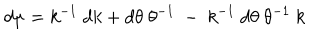
d \mu = k ^ { - 1 } ~ d k + d \theta ~ \theta ^ { - 1 } ~ - ~ k ^ { - 1 } ~ d \theta ~ \theta ^ { - 1 } ~ k